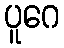
ပူဂေ